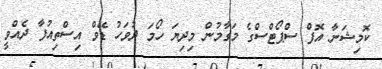
ކޮމިޝަނާ އޮފް ސްޕޯޓްސްގެ މަގާމުން މިދިޔަ ހޯމަ ދުވަހު ޑޭވް އިސްތިއުފާ ދެއްވީ